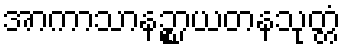
အာကာသာနဉ္စာယတနသုတ္တံ